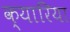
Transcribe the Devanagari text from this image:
क्यारिया